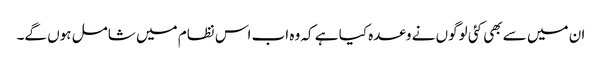
ان میں سے بھی کئی لوگوں نے وعدہ کیا ہے کہ وہ اب اس نظام میں شامل ہوں گے۔